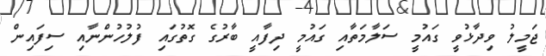
ޖަމީލު ވިދާޅުވީ ގައުމީ ސަލާމަތާއި ގައުމީ ދިފާއީ ބާރުގެ ގޮތުގައި ފުލުހުންނާއި ސިފައިން